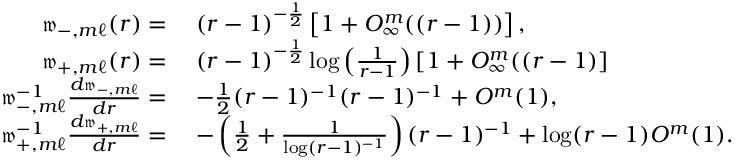
\begin{array} { r l } { \mathfrak { w } _ { - , m \ell } ( r ) = } & { \: ( r - 1 ) ^ { - \frac { 1 } { 2 } } \left[ 1 + O _ { \infty } ^ { m } ( ( r - 1 ) ) \right] , } \\ { \mathfrak { w } _ { + , m \ell } ( r ) = } & { \: ( r - 1 ) ^ { - \frac { 1 } { 2 } } \log \left( \frac { 1 } { r - 1 } \right) [ 1 + O _ { \infty } ^ { m } ( ( r - 1 ) ] } \\ { \mathfrak { w } _ { - , m \ell } ^ { - 1 } \frac { d \mathfrak { w } _ { - , m \ell } } { d r } = } & { \: - \frac { 1 } { 2 } ( r - 1 ) ^ { - 1 } ( r - 1 ) ^ { - 1 } + O ^ { m } ( 1 ) , } \\ { \mathfrak { w } _ { + , m \ell } ^ { - 1 } \frac { d \mathfrak { w } _ { + , m \ell } } { d r } = } & { \: - \left( \frac { 1 } { 2 } + \frac { 1 } { \log ( r - 1 ) ^ { - 1 } } \right) ( r - 1 ) ^ { - 1 } + \log ( r - 1 ) O ^ { m } ( 1 ) . } \end{array}